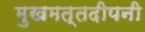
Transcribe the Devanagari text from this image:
मुखमत्तदीपनी